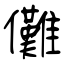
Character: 儺